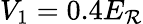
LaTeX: V_{1}=0.4E_{\mathcal{R}}